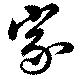
家